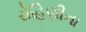
રોહિણીના